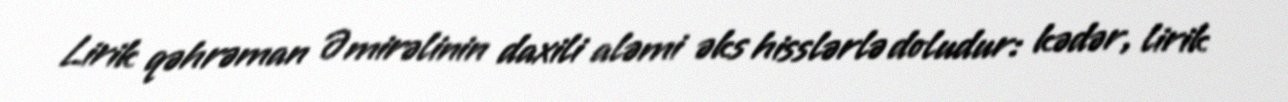
Lirik qəhrəman Əmirəlinin daxili aləmi əks hisslərlə doludur: kədər, lirik